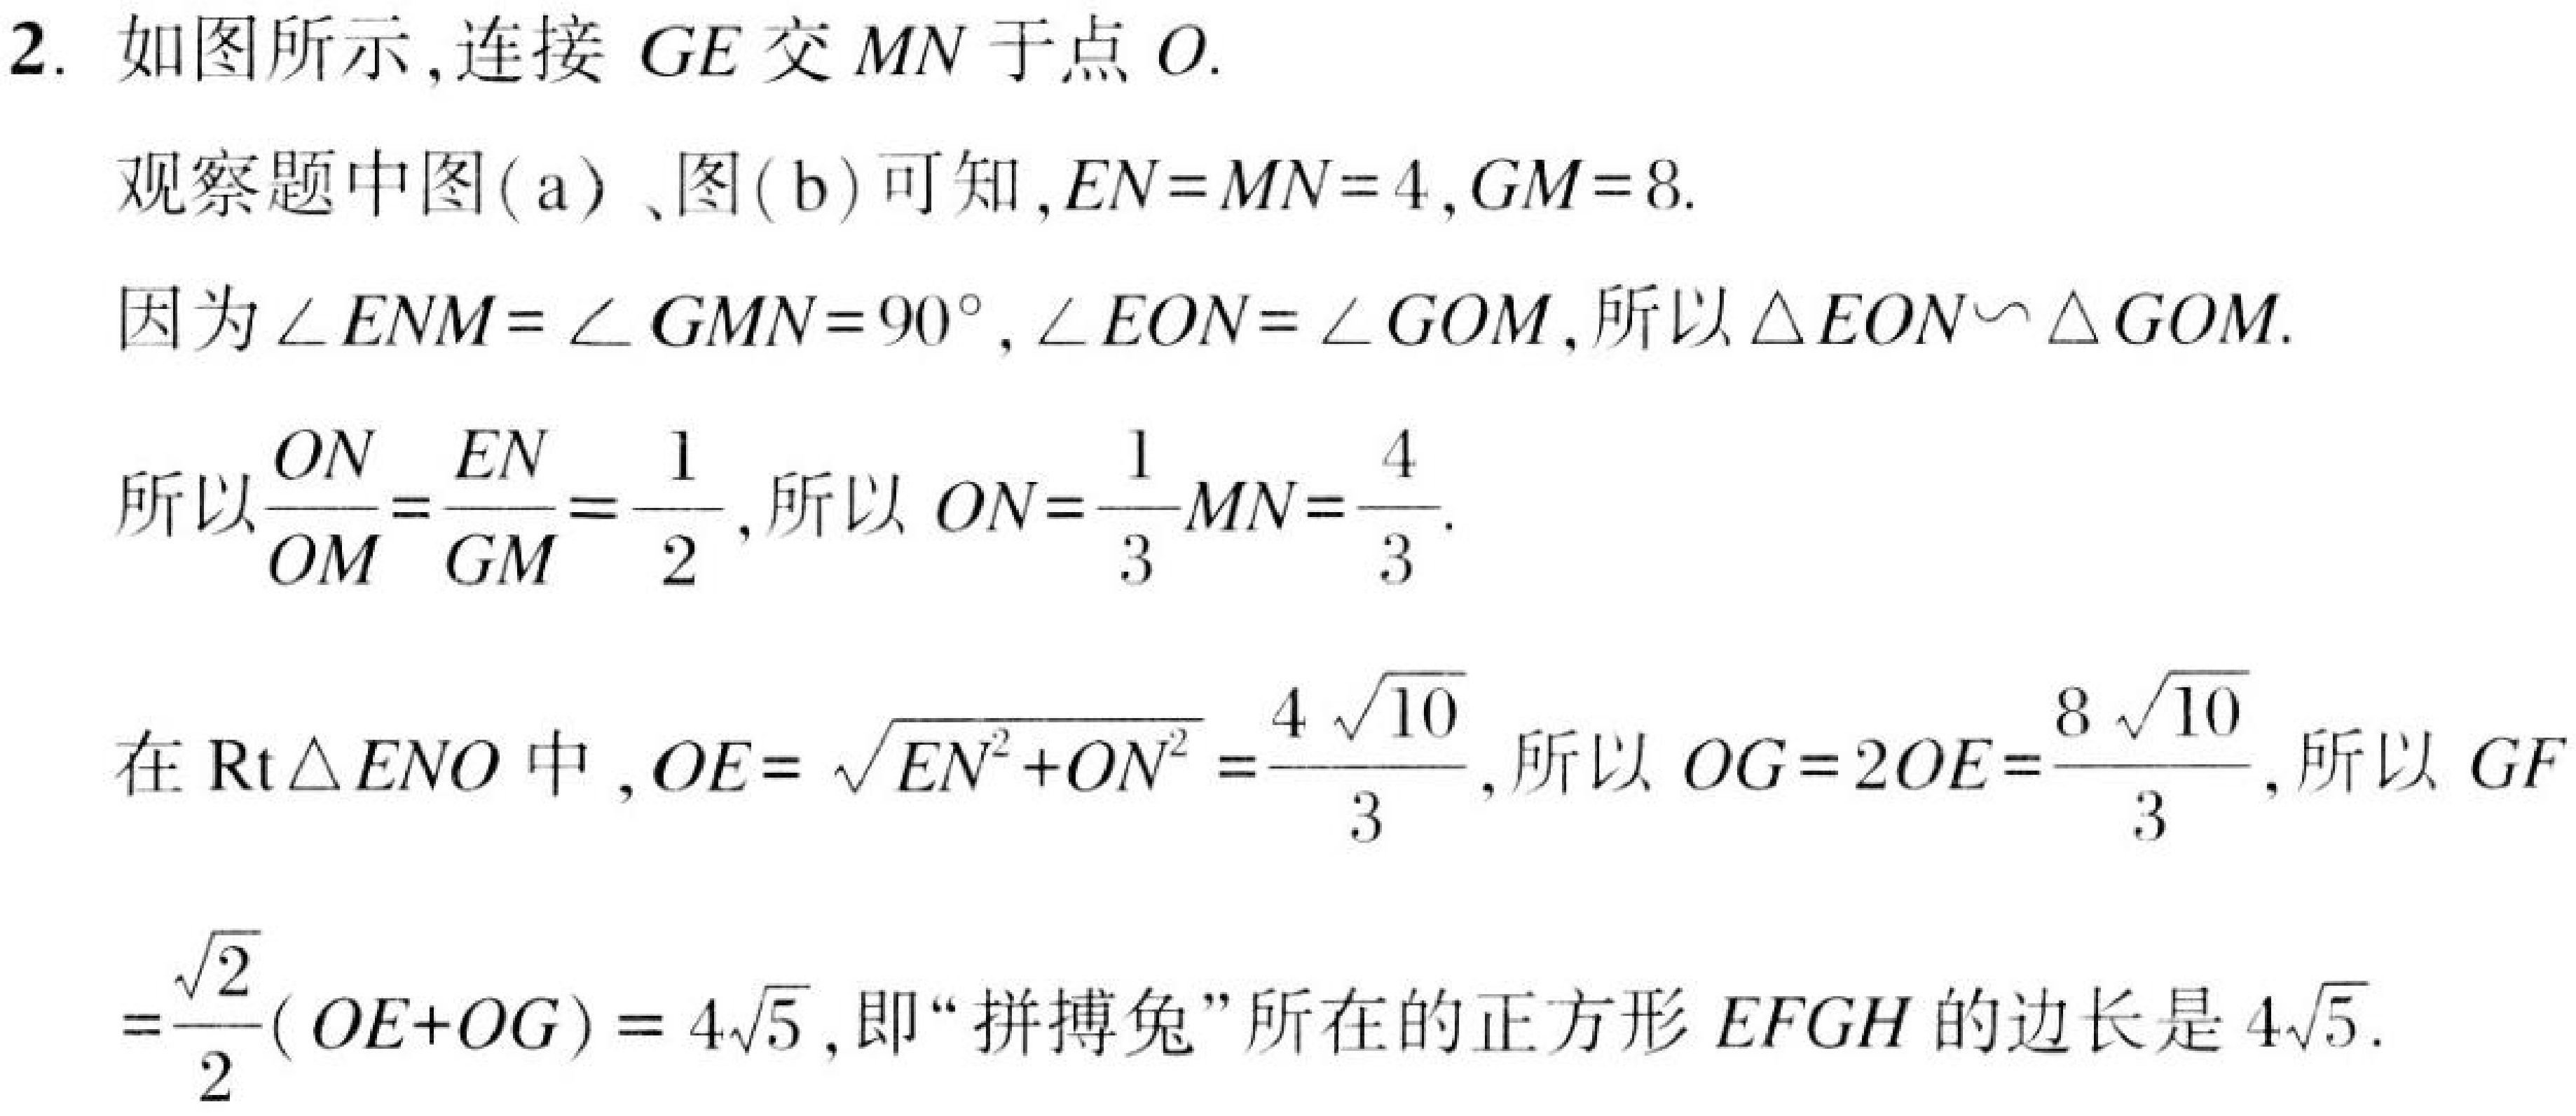
2. 如图所示,连接 \(GE\) 交 \(MN\) 于点 \(O\).
观察题中图(a)、图(b)可知,\(EN = MN = 4\),\(GM = 8\).
因为\(\angle ENM=\angle GMN = 90^{\circ}\),\(\angle EON=\angle GOM\),所以\(\triangle EON\sim\triangle GOM\).
所以\(\frac{ON}{OM}=\frac{EN}{GM}=\frac{1}{2}\),所以\(ON = \frac{1}{3}MN=\frac{4}{3}\).
在\(\text{Rt}\triangle ENO\)中,\(OE = \sqrt{EN^{2}+ON^{2}}=\frac{4\sqrt{10}}{3}\),所以\(OG = 2OE=\frac{8\sqrt{10}}{3}\),所以\(GF=\frac{\sqrt{2}}{2}(OE + OG)=4\sqrt{5}\),即“拼搏兔”所在的正方形 \(EFGH\) 的边长是 \(4\sqrt{5}\).